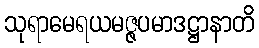
သုရာမေရယမဇ္ဇပမာဒဋ္ဌာနာတိ